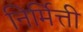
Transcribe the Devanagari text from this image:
निर्मित्ती